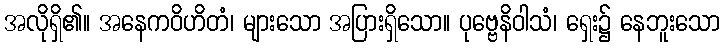
အလိုရှိ၏။ အနေကဝိဟိတံ၊ များသော အပြားရှိသော။ ပုဗ္ဗေနိဝါသံ၊ ရှေး၌ နေဘူးသော